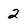
Character: 2